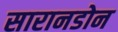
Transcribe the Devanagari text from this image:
सारानडोन